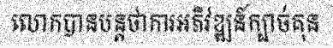
លោកបានបន្តថាការអភិវឌ្ឍន៍ក្បាច់គុន